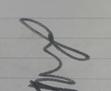
Signature authenticity: genuine